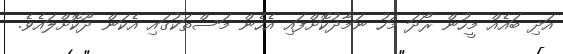
އަދި ބައެއް މީހުން ރޯދަ މަހު ނަމާދުކޮށްފައި އެހެން މަސްތަކުގައި އެކަން ދޫކޮށްލައެވެ.